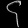
Digit: ၄